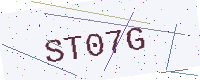
Text: ST07G